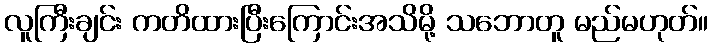
လူကြီးချင်း ကတိထားပြီးကြောင်းအသိမို့ သဘောတူ မည်မဟုတ်။